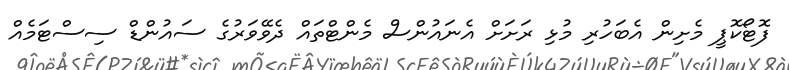
ފޮޓޯކޮޕީ މެށިން އެބަހުރި މުޅި ރަށަށް އެނައުންސް މެންޓްތައް ދެވޭވަރުގެ ސައުންޑް ސިސްޓަމެއް